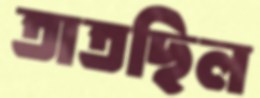
তাতছিল